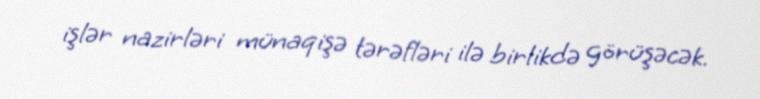
işlər nazirləri münaqişə tərəfləri ilə birlikdə görüşəcək.